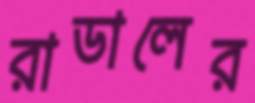
রাডালের